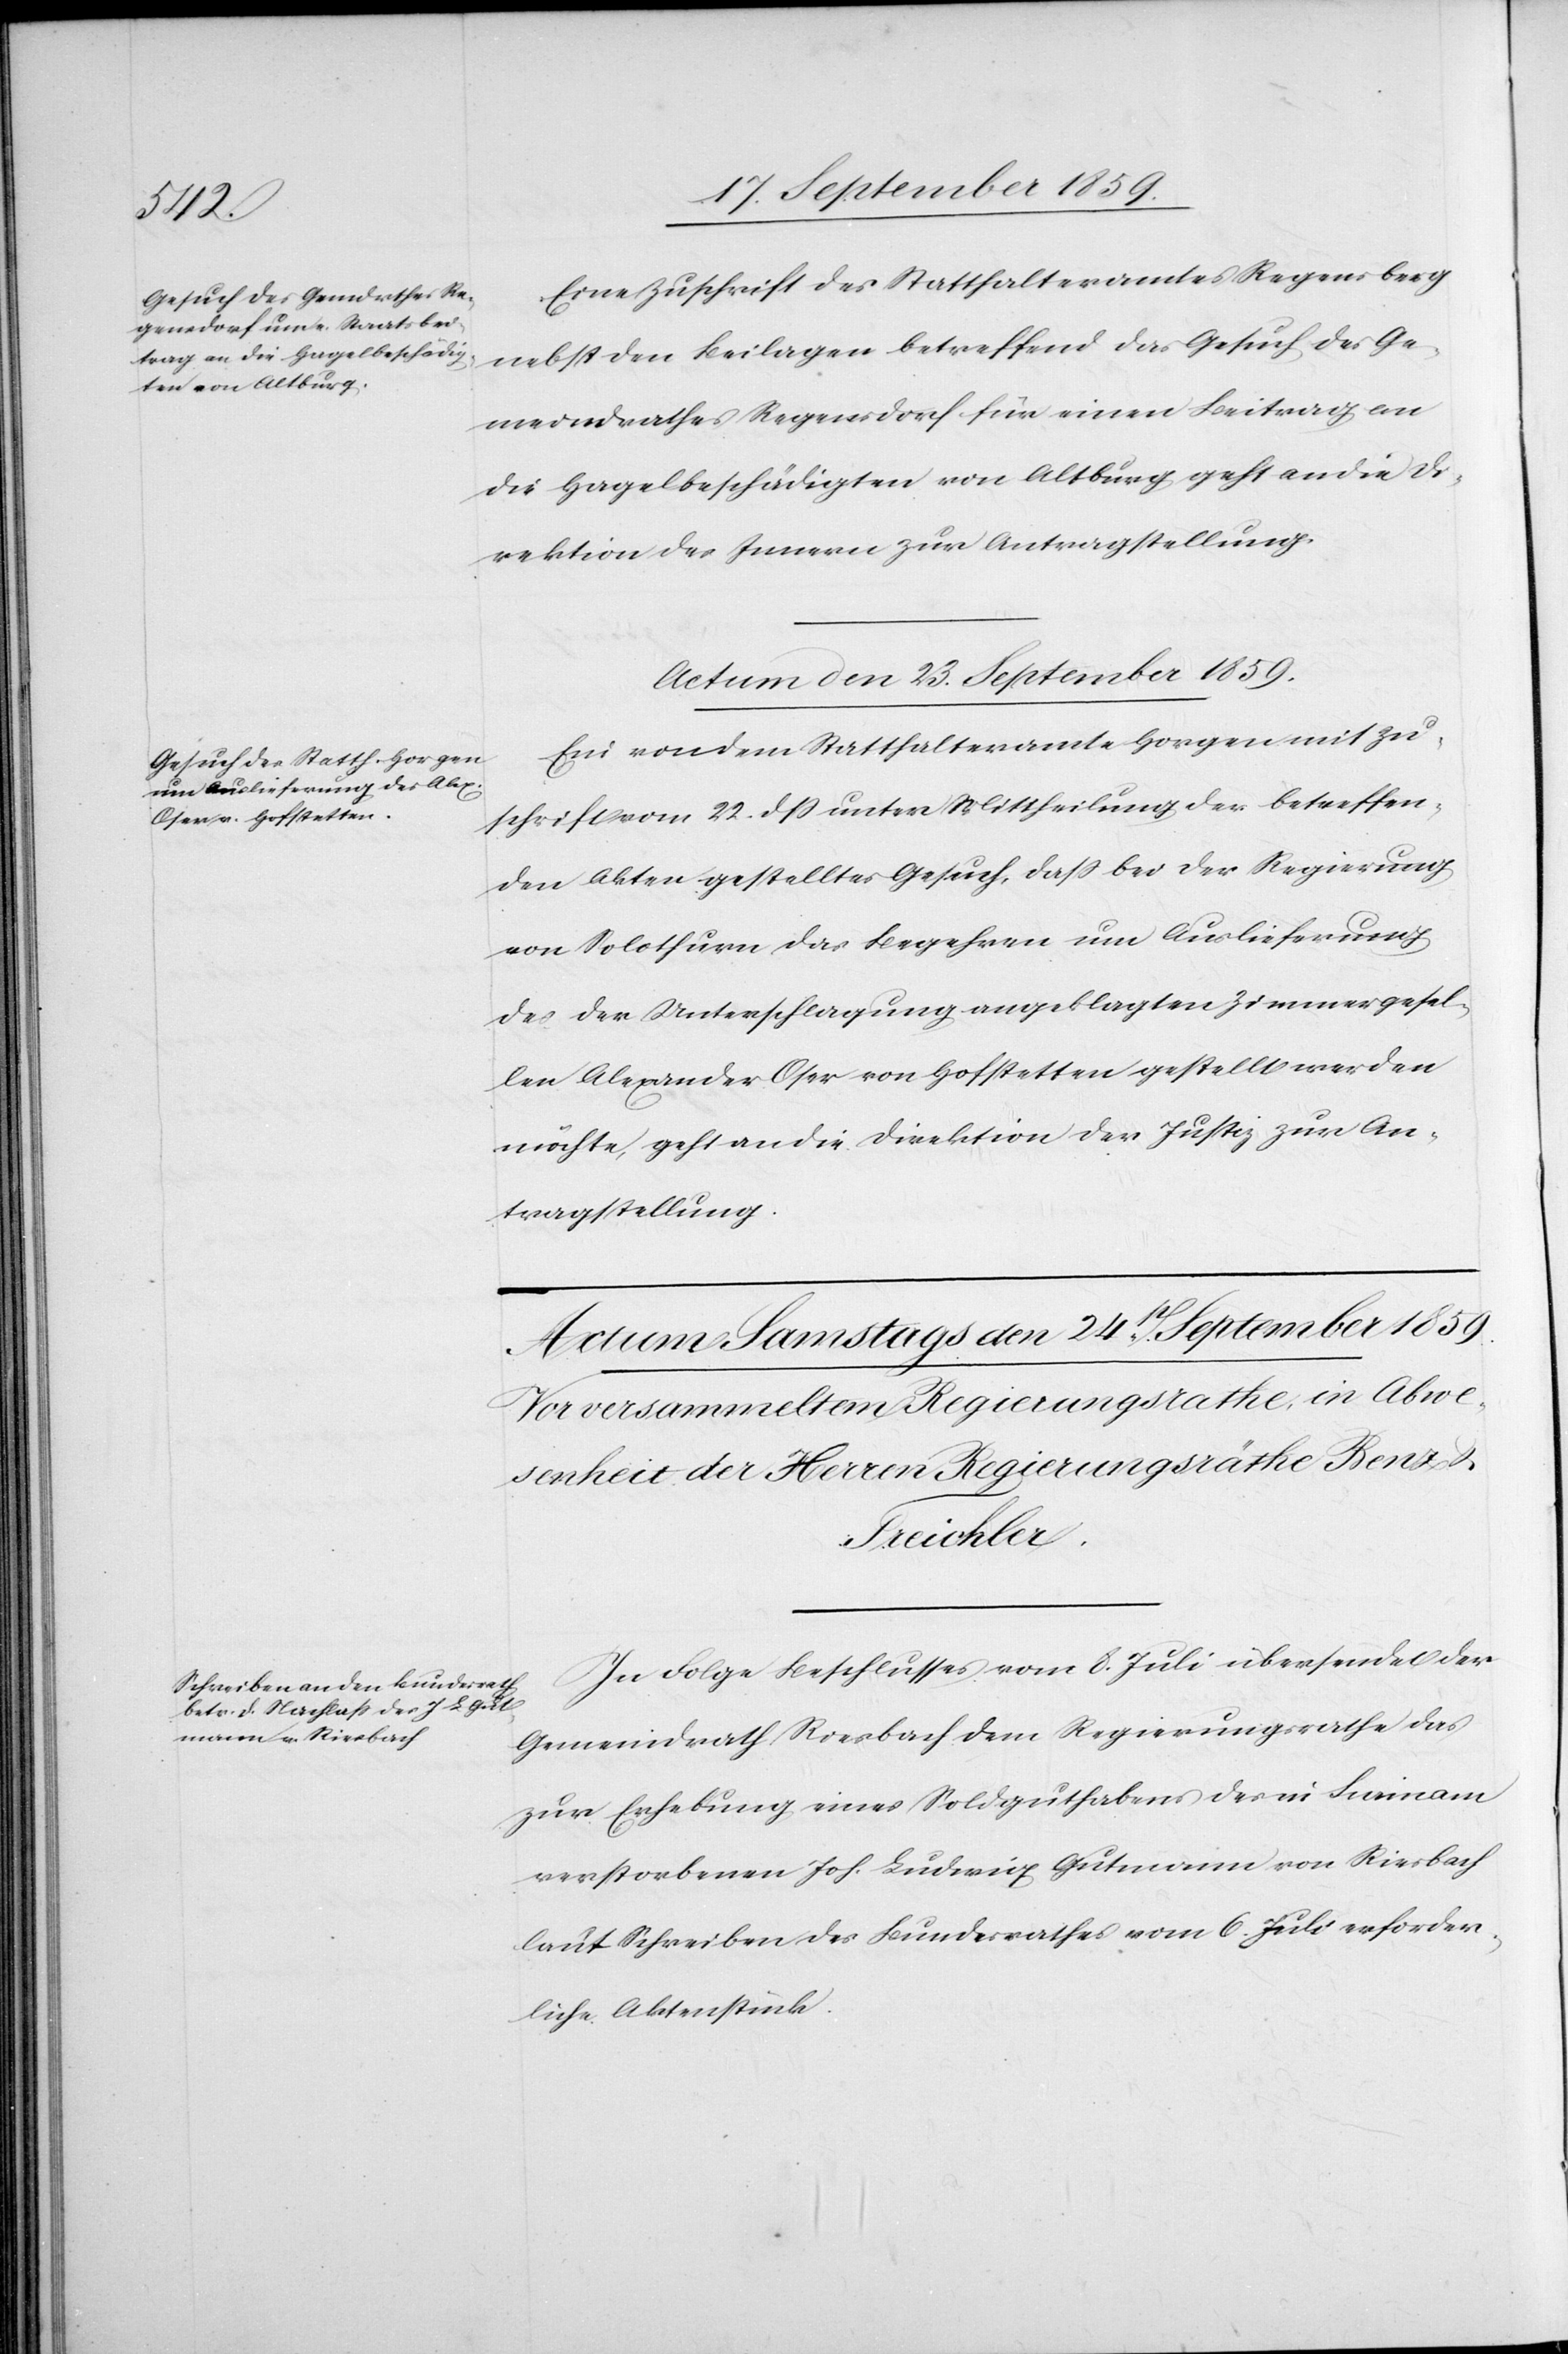
Eine Zuschrift des Statthalteramtes Regensberg
nebst den Beilagen betreffend das Gesuch des Ge¬
meindrathes Regensdorf für einen Beitrag an
die Hagelbeschädigten von Altburg geht an die Di¬
rektion des Innern zur Antragstellung.
Actum den 23. September 1859.
Ein von dem Statthalteramte Horgen mit Zu¬
schrift vom 22. dß unter Mittheilung der betreffen¬
den Akten gestelltes Gesuch, daß bei der Regierung
von Solothurn das Begehren um Auslieferung
des der Unterschlagung angeklagten Zimmergesel¬
len Alexander Oser von Hofstetten gestellt werden
möchte, geht an die Direktion der Justiz zur An¬
tragstellung.
In Folge Beschlusses vom 8. Juli übersendet der
Gemeindrath Riesbach dem Regierungsrathe das
zur Erhebung eines Soldguthabens des in Surinam
verstorbenen Joh. Ludwig Gutmann von Riesbach
laut Schreiben des Bundesrathes vom 6. Juli erforder¬
liche Aktenstück.